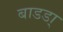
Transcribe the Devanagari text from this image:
बाडडा्